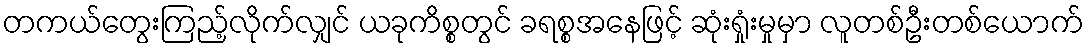
တကယ်တွေးကြည့်လိုက်လျှင် ယခုကိစ္စတွင် ခရစ္စအနေဖြင့် ဆုံးရှုံးမှုမှာ လူတစ်ဦးတစ်ယောက်